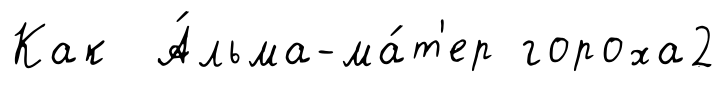
Как А́льма-ма́т'ер гороха2